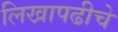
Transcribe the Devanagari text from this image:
लिखापढीचे